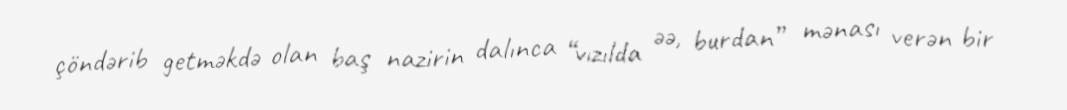
çöndərib getməkdə olan baş nazirin dalınca “vızılda əə, burdan” mənası verən bir